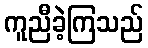
ကူညီခဲ့ကြသည်